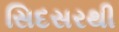
સિદસરથી